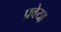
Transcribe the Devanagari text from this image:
प्रवेया